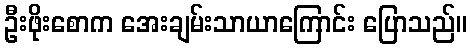
ဦးဖိုးစောက အေးချမ်းသာယာကြောင်း ပြောသည်။